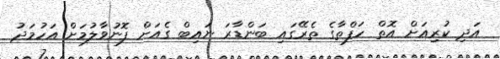
އަދި ކުރިއަށް އޮތް ހަފްތާގެ ތެރޭގައި ބަންޑާރަ ނައިބް ގެއަށް ފޮނުވާލުމަށް އަހުމަދު